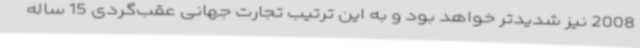
2008 نیز شدیدتر خواهد بود و به این ترتیب تجارت جهانی عقب‌گردی 15 ساله